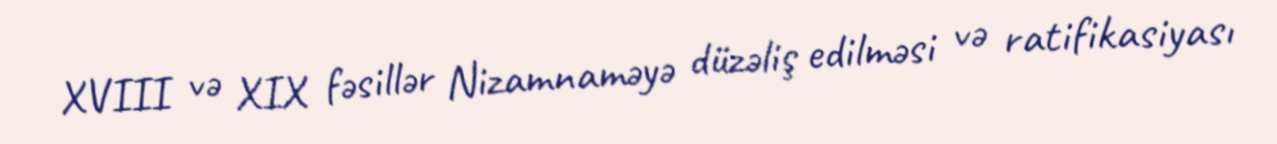
XVIII və XIX fəsillər Nizamnaməyə düzəliş edilməsi və ratifikasiyası